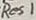
Text: Res1